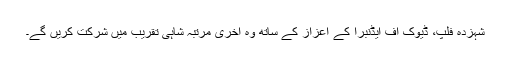
شہزدہ فلپ، ڈیوک آف ایڈنبرا کے اعزاز کے ساتھ وہ آخری مرتبہ شاہی تقریب میں شرکت کریں گے۔